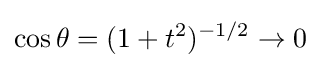
\cos \theta =(1+t^{2})^{-1/2}\to 0